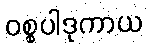
ဝစ္စပါဒုကာယ